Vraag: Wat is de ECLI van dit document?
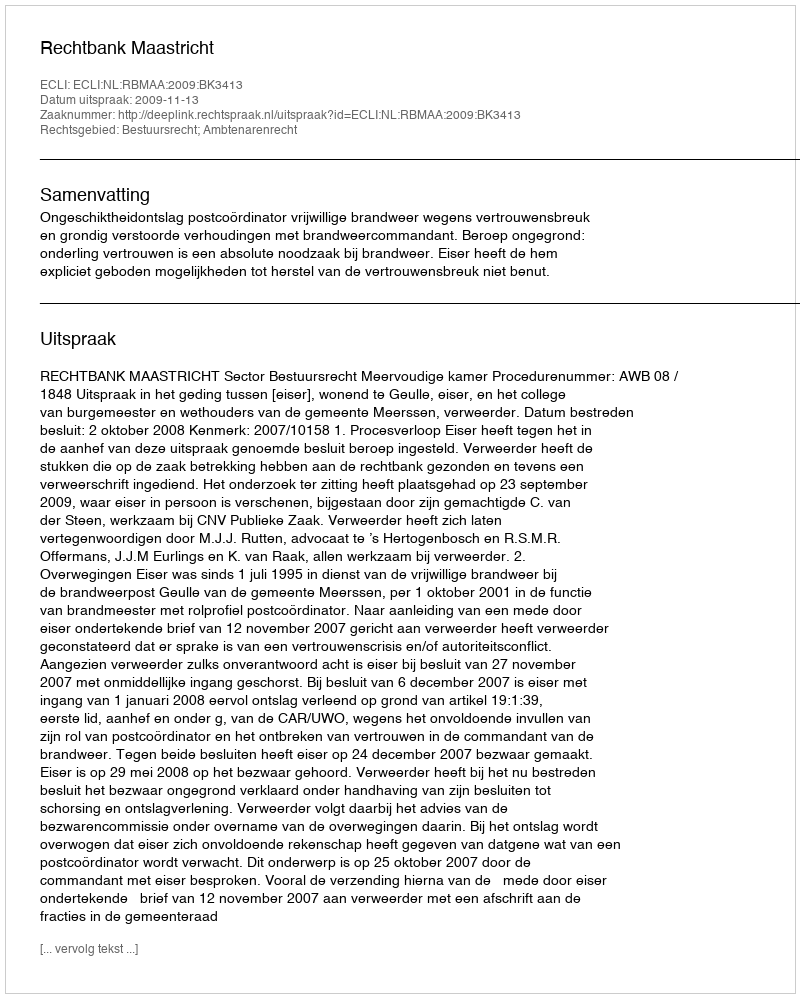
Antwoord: ECLI:NL:RBMAA:2009:BK3413